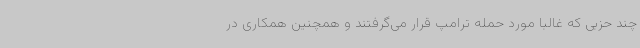
چند حزبی که غالبا مورد حمله ترامپ قرار می‌گرفتند و همچنین همکاری در